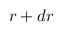
r + d r